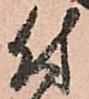
付